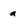
Character: a